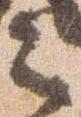
之